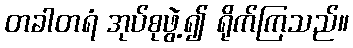
တခါတရံ အုပ်စုဖွဲ့၍ ရိုက်ကြသည်။